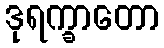
ဒုရက္ခာတော